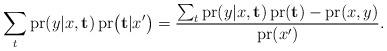
LaTeX: \begin{align*}\sum_{t}\operatorname{pr}(y|x,\mathbf{t})\operatorname{pr}\bigl(\mathbf{t}|x'\bigr)=\frac{ \sum_{t}\operatorname{pr}(y|x,\mathbf{t})\operatorname{pr}(\mathbf{t})-\operatorname{pr}(x,y)}{ \operatorname{pr}(x')}.\end{align*}